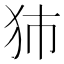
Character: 犻